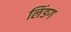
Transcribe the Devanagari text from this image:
लिंङग